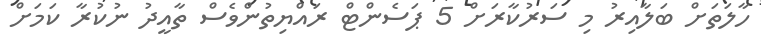
ހާލަތަށް ބަލާއިރު މި ސަރުކާރަށް 5 ޕަސެންޓް ރައްޔިތުންވެސް ތާއީދު ނުކުރާ ކަމަށް